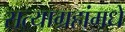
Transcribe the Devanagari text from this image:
सत्याग्रहांमधे